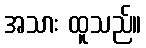
အသား ထူသည်။